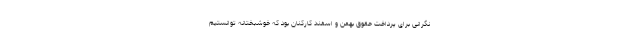
نگرانی برای پرداخت حقوق بهمن و اسفند کارکنان بود که خوشبختانه توانستیم